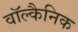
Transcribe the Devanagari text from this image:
वॉल्कैनिक